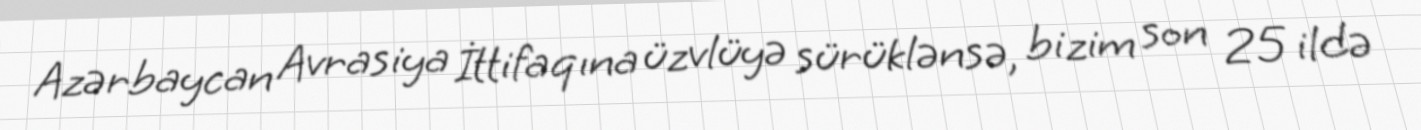
Azərbaycan Avrasiya İttifaqına üzvlüyə sürüklənsə, bizim son 25 ildə